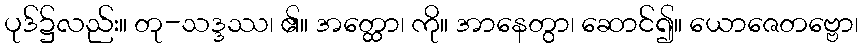
ပုဒ်၌လည်း။ တု-သဒ္ဒဿ၊ ၏။ အတ္ထော၊ ကို။ အာနေတွာ၊ ဆောင်၍။ ယောဇေတဗ္ဗော၊